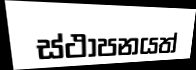
ස්ථාපනයත්